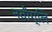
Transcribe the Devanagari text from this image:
नवीग्लि